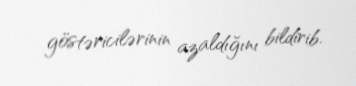
göstəricilərinin azaldığını bildirib.